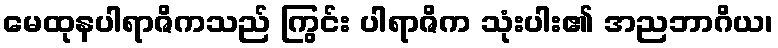
မေထုနပါရာဇိကသည် ကြွင်း ပါရာဇိက သုံးပါး၏ အညဘာဂိယ၊